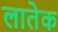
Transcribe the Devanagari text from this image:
लातेक